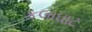
કલાઘાટ